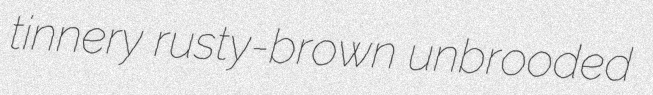
tinnery rusty-brown unbrooded